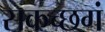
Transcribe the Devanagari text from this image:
सकच्छगं